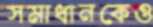
সমাধানকেও